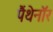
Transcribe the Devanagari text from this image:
पैंथेनॉर